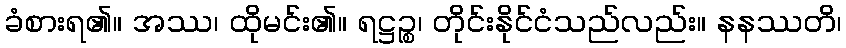
ခံစားရ၏။ အဿ၊ ထိုမင်း၏။ ရဋ္ဌဉ္စ၊ တိုင်းနိုင်ငံသည်လည်း။ နနဿတိ၊